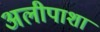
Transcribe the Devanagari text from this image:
अलीपाशा